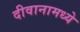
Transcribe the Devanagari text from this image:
दीवानामध्ये